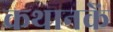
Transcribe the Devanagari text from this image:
कथानकें